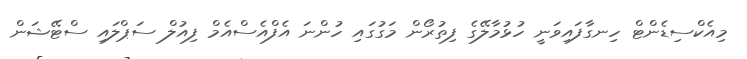
މިއެކްސިޑެންޓް ހިނގާފައިވަނީ ހުޅުމާލޭގެ ފިތުރޯން މަގުގައި ހުންނަ އެފްއެސްއެމް ފިއުލް ސަޕްލައި ސްޓޭޝަން